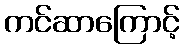
ကင်ဆာကြောင့်